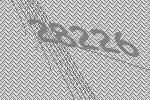
28226